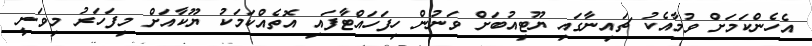
އެހެންކަމަށް ވުމާއެކު ޗައިނާގައި ޔޫޓިއުބަށް ވަނުން ހިފަހައްޓާފައި އޮތެއްކަމަކު ޔޫކާއަށް މިފަހަރު މިވަނީ